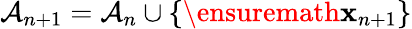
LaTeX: \mathcal{A}_{n+1}=\mathcal{A}_{n}\cup\left\lbrace\ensuremath{\mathbf{x}}_{n+1}\right\rbrace